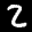
Label: 2